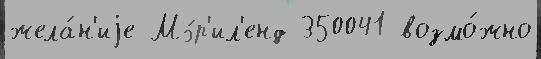
жела́н'иjе Мэ́р'ил'енд 350041 возмо́жно